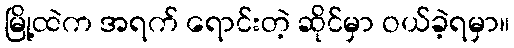
မြို့ထဲက အရက် ရောင်းတဲ့ ဆိုင်မှာ ဝယ်ခဲ့ရမှာ။